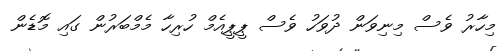
މިހާރު ވެސް މިނިވަން ދުވަހު ވެސް ޕީޕީއެމް ހުރިހާ މެމްބަރުން ގައި މޮޑެން